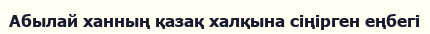
Абылай ханның қазақ халқына сіңірген еңбегі